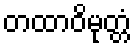
တထာဝိမုတ္တံ